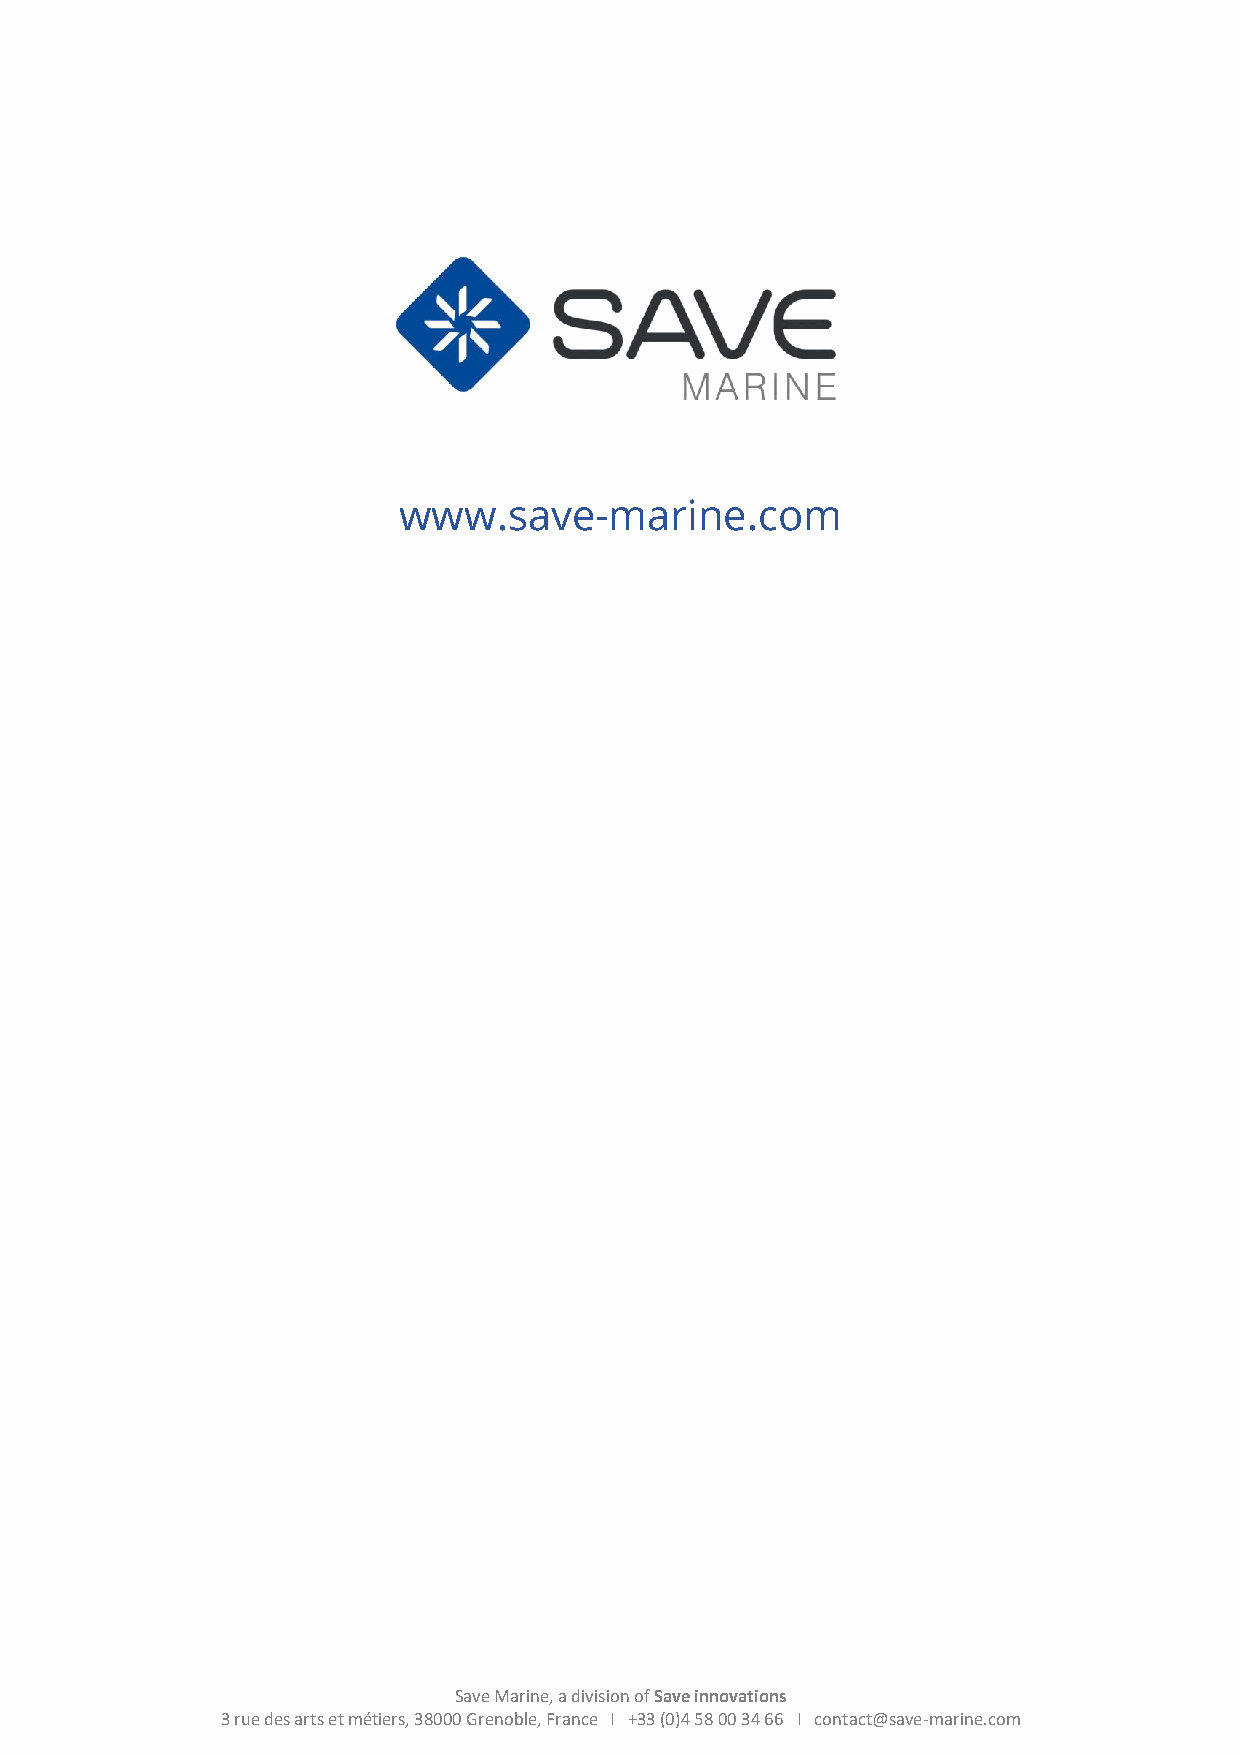
14
 www.save-marine.com
 Save Marine, a division of Save innovations
 3 rue des arts et métiers, 38000 Grenoble, France I +33 (0)4 58 00 34 66 I contact@save-marine.com